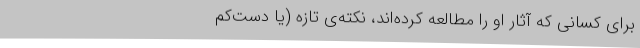
برای کسانی که آثار او را مطالعه کرده‌اند، نکته‌ی تازه (یا دست‌کم